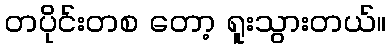
တပိုင်းတစ တော့ ရူးသွားတယ်။